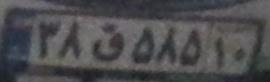
۳۸ق۵۸۵۱۰